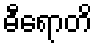
ဓီရောတိ